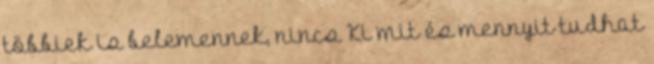
többiek is belemennek, nincs Ki mit és mennyit tudhat